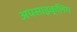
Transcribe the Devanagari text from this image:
अपसाइक्लिंग